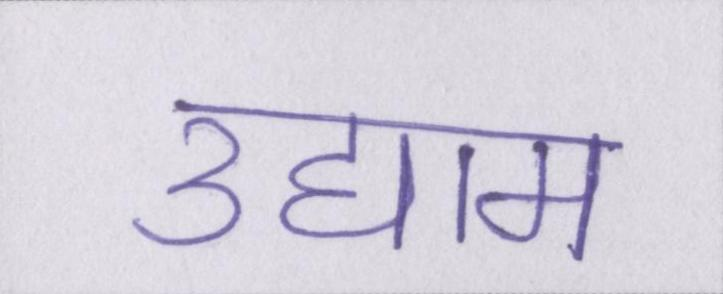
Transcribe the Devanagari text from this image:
उद्याम